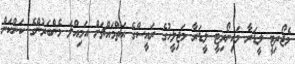
މެޖޯރިޓީ ލީޑަރާ މައިނޯރިޓީ ލީޑަރާ މަޖިލީހުގެ ރައީސްގެ އަތްމައްޗަށް އަމިއްލަ މެންބަރުންގެ ކަންކަން